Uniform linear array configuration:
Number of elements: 48
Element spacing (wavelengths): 0.25
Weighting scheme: uniform
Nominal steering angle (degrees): -60
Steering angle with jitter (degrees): -61.882
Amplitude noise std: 0.05
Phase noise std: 0.05

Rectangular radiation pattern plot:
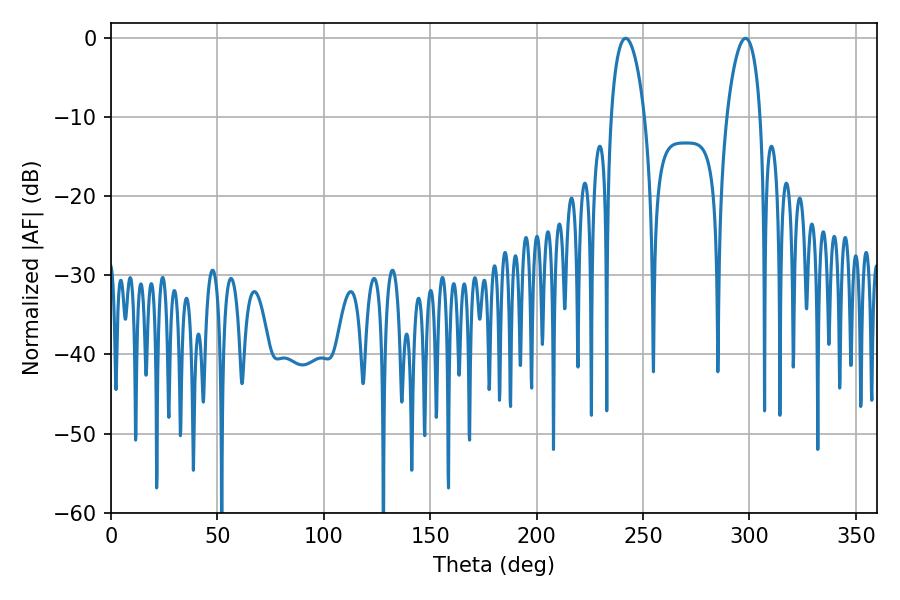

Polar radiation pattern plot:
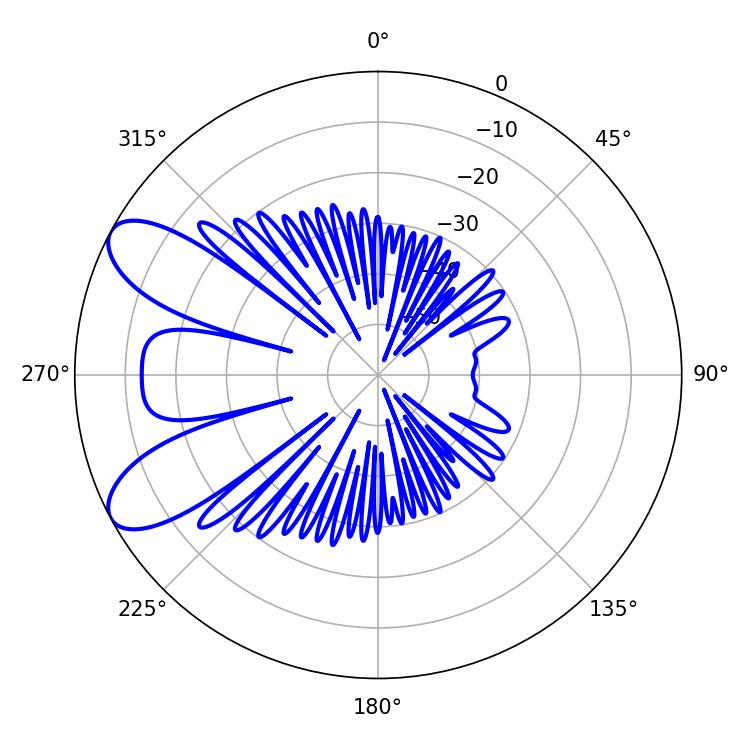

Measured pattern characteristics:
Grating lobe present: FALSE
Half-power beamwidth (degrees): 8.82
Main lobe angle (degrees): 298.08